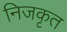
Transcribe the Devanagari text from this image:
निजकृत